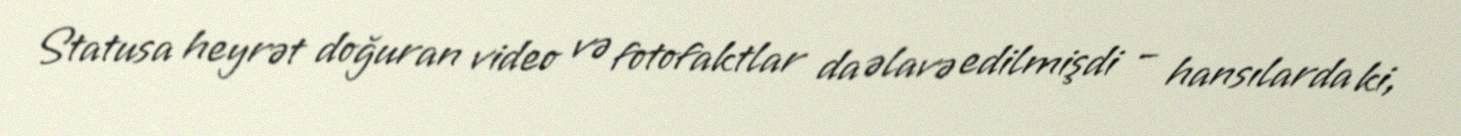
Statusa heyrət doğuran video və fotofaktlar da əlavə edilmişdi – hansılarda ki,